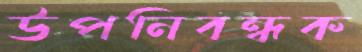
উপনিবন্ধক